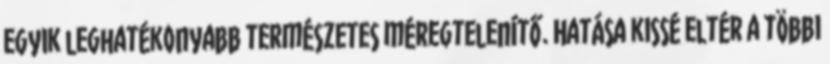
egyik leghatékonyabb természetes méregtelenítő. Hatása kissé eltér a többi